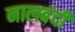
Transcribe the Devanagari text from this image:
नालबंदी